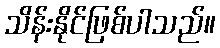
သိန်းနိုင်ဖြစ်ပါသည်။